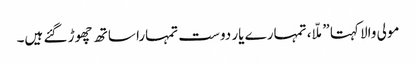
مولی والا کہتا ”ملّا، تمہارے یار دوست تمہارا ساتھ چھوڑ گئے ہیں۔